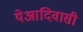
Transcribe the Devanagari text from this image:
येआदिवासी